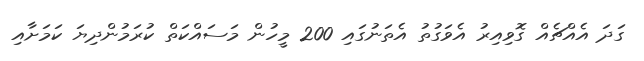
ގަދަ އެއްޗެއް ގޮވިއިރު އެވަގުތު އެތަނުގައި 200 މީހުން މަސައްކަތް ކުރަމުންދިޔަ ކަމަށާއި